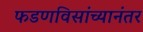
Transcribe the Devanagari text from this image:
फडणविसांच्यानंतर